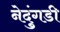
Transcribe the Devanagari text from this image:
नेदुंगडी